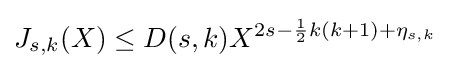
J_{s,k}(X)\leq D(s,k)X^{2s-{\frac {1}{2}}k(k+1)+\eta _{s,k}}